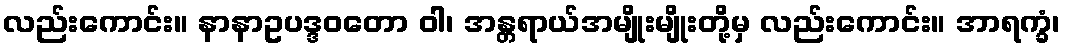
လည်းကောင်း။ နာနာဥပဒ္ဒဝတော ဝါ၊ အန္တရာယ်အမျိုးမျိုးတို့မှ လည်းကောင်း။ အာရက္ခံ၊